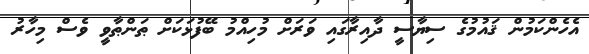
އެހެންކަމުން ޤައުމުގެ ސިޔާސީ ދާއިރާގައި ވަރަށް މުހިއްމު ބޭފުޅަކަށް ޠަންޠާވީ ވެސް މިހާރު